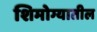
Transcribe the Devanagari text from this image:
शिमोग्यातील